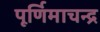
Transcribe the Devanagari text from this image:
पूर्णिमाचन्द्र